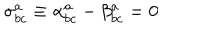
\sigma _ { b c } ^ { a } \equiv \alpha _ { b c } ^ { a } - \beta _ { b c } ^ { a } = 0